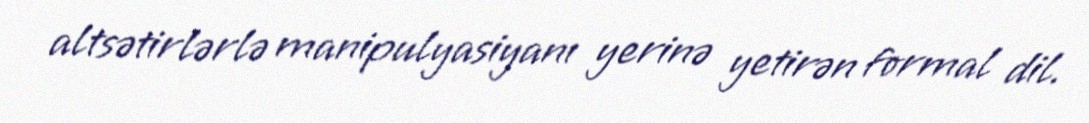
altsətirlərlə manipulyasiyanı yerinə yetirən formal dil.